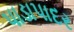
પાડાપાદર